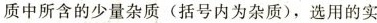
质中所含的少量杂质 (括号内为杂质)，选用的实